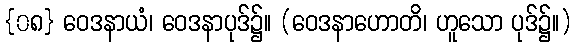
{၀၈} ဝေဒနာယံ၊ ဝေဒနာပုဒ်၌။ (ဝေဒနာဟောတိ၊ ဟူသော ပုဒ်၌။)